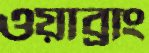
ওয়াব্রাং